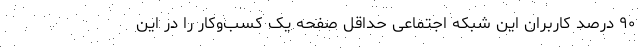
۹۰ درصد کاربران این شبکه اجتماعی حداقل صفحه یک کسب‌وکار را در این